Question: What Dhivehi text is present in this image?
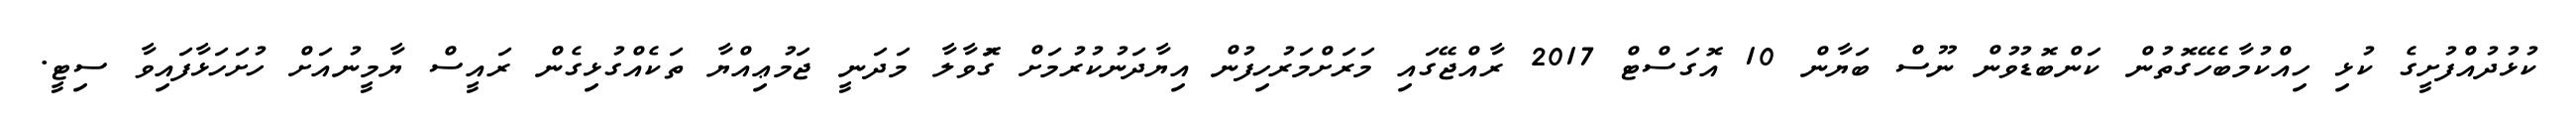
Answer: ކުޅުދުއްފުށީގެ ކުޅި ހިއްކުމާބެހޭގޮތުން ކަންބޮޑުވުން ނޫސް ބަޔާން 10 އޮގަސްޓް 2017 ރާއްޖޭގައި މަރަށްމަރުހިފުން އިޔާދަނުކުރުމަށް ގޮަވާލާ މަދަނީ ޖަމުޢިއްޔާ ތަކެއްގުޅިގެން ރައީސް ޔާމީނުއަށް ހުށަހަޅާފައިވާ ސިޓީ.